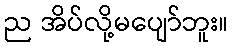
ည အိပ်လို့မပျော်ဘူး။